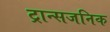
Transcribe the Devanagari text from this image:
ट्रान्सजनिक